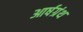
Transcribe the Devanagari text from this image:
आर्षग्रंथ